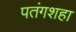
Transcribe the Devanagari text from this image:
पतंगशहा